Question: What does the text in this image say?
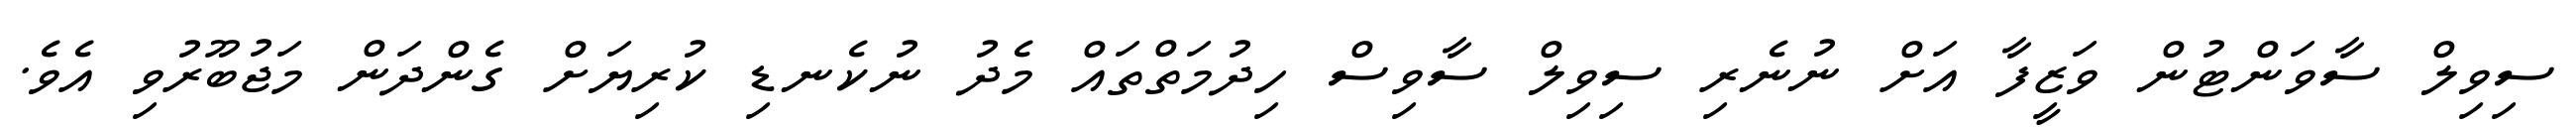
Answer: ސިވިލް ސާވަންޓުން ވަޒީފާ އަށް ނުނެރި ސިވިލް ސާވިސް ހިދުމަތްތައް މެދު ނުކެނޑި ކުރިޔަށް ގެންދަން މަޖުބޫރުވި އެވެ.